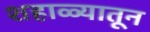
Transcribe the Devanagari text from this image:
शहाळ्यातून